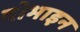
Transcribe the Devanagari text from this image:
वोभाइन